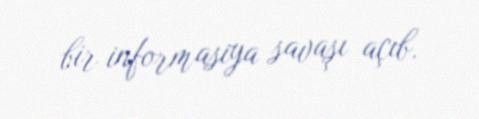
bir informasiya savaşı açıb.